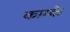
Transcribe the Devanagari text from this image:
काम्के